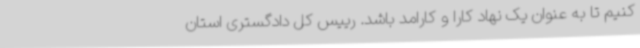
کنیم تا به عنوان یک نهاد کارا و کارامد باشد. رییس کل دادگستری استان